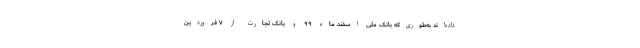
داده‌اند به‌طوری‌که بانک ملی اسفند ماه ۹۹ و بانک تجارت از ۷ فروردین